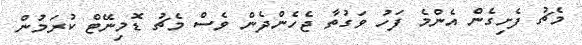
މެޗު ފެށިގެން އެންމެ ފަހު ވަގުތާ ޖެހެންދެން ވެސް މެޗު ޑޮމިނޭޓް ކުރަމުން